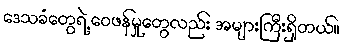
ဒေသခံတွေရဲ့ ဝေဖန်မှုတွေလည်း အများကြီးရှိတယ်။